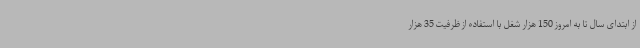
از ابتدای سال تا به امروز 150 هزار شغل با استفاده از ظرفیت 35 هزار